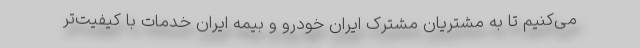
می‌کنیم تا به مشتریان مشترک ایران خودرو و بیمه ایران خدمات با کیفیت‌تر